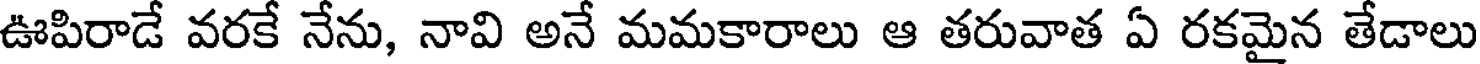
ఊపిరాడే వరకే నేను, నావి అనే మమకారాలు ఆ తరువాత ఏ రకమైన తేడాలు